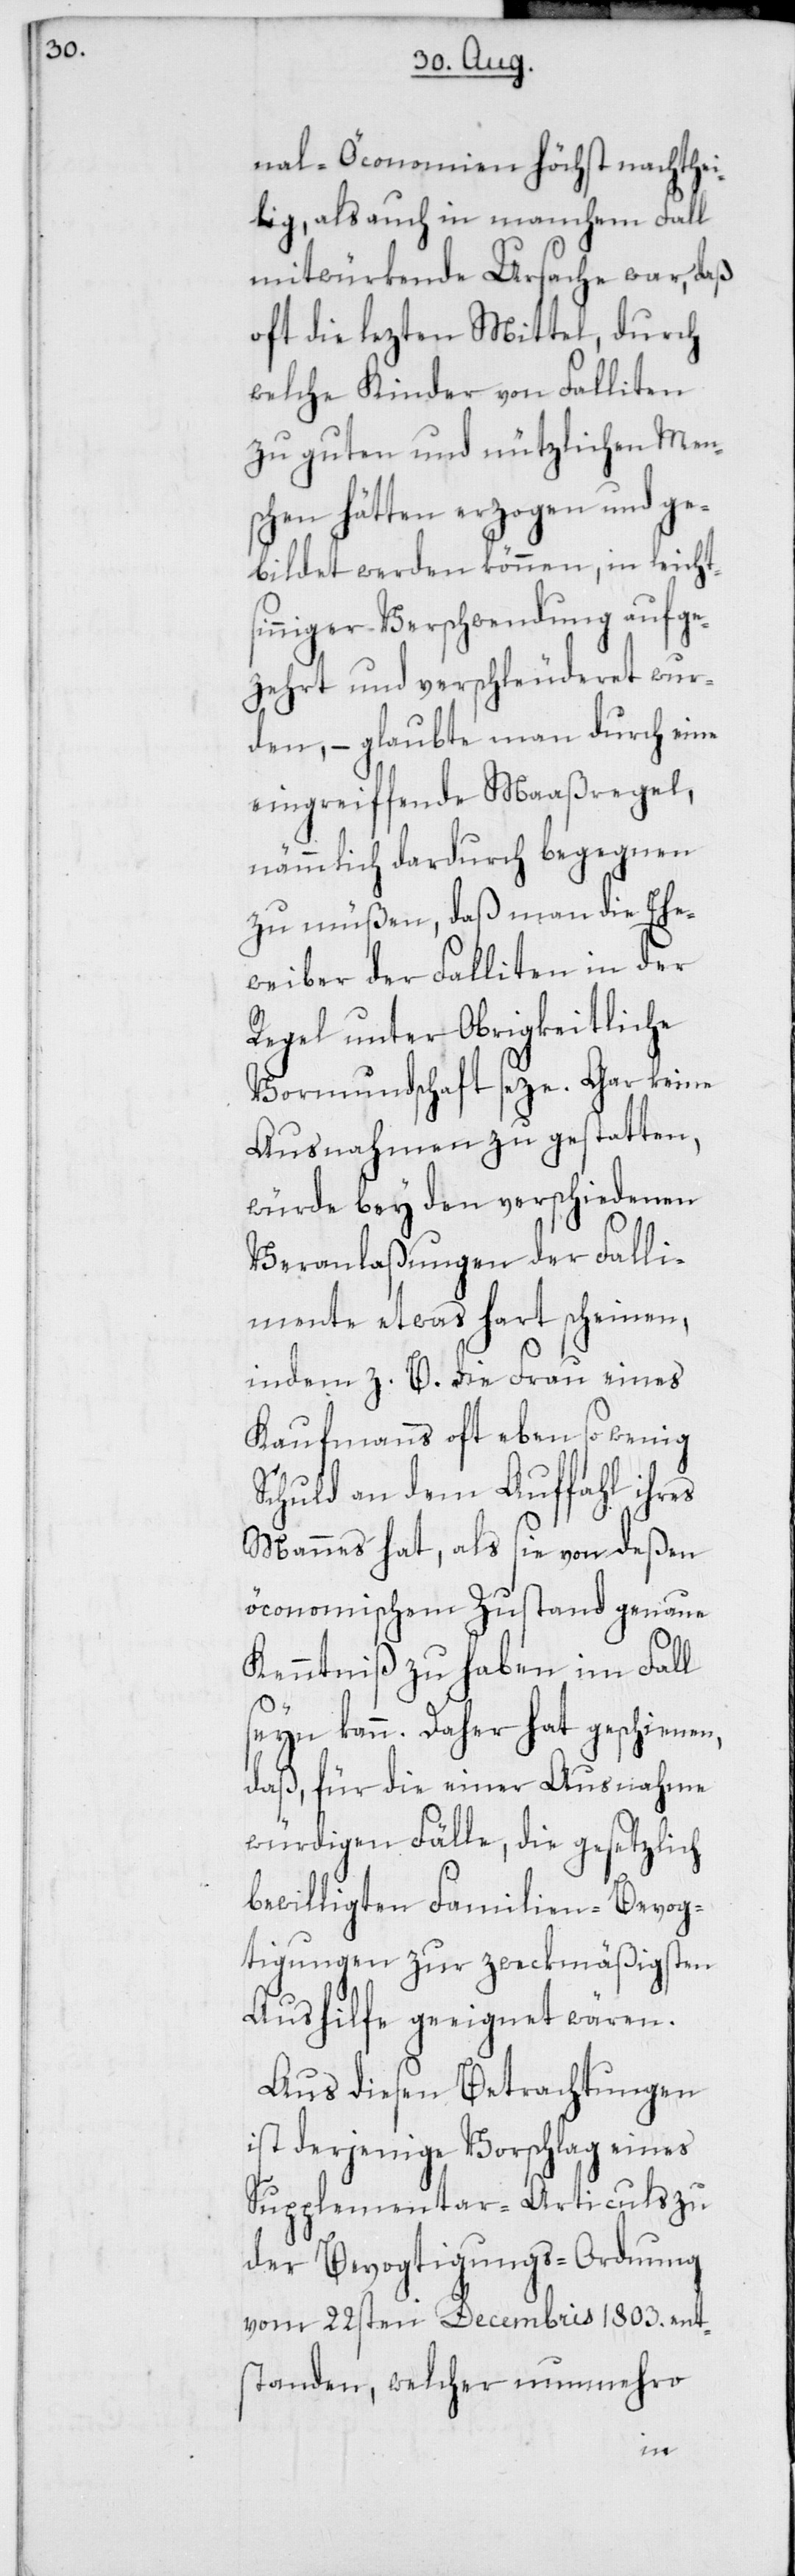
nal-Öconomie höchst nachthei¬
lig, als auch in manchem Fall
mitwürkende Ursache war, daß
oft die lezten Mittel, durch
welche Kinder von Falliten
zu guten und nützlichen Men¬
schen hätten erzogen und ge¬
bildet werden können, in leicht¬
niger Verschwendung aufge¬
zehrt und verschleuderet wur¬
den, – glaubte man durch e¬
ingreiffende Maaßregel,
nämmlich dardurch begegnen
zu müßen, daß man die Ehe¬
weiber der Falliten in der
Regel unter Obrigkeitliche
Vormundschaft seze. Gar keine
Ausnahme zu gestatten,
würde bey den verschiedenen
Veranlaßungen der Falli¬
mente etwas hart scheinen,
indem z. B. die Frau eines
Kaufmanns oft ebenso wenig
Schuld an dem Auffahl ihres
Mannes hat, als sie von deßen
öconomischem Zustand genaue
Kenntniß zu haben im Fall
seyn kann. Daher hat geschienen,
daß,ß für die einer Ausnahme
würdigen Fälle, die gesetzlich
bewilligten Familien-Bevog¬
tigungen zur zweckmäßigsten
Aushilfe geeignet wären.
Aus diesen Betrachtungen
ist derjenige Vorschlag eines
Supplementar-Articuls zu
der Bevogtigungs-Ordnung
vom 22sten Decembris 1803. ent¬
standen, welcher nunmehro
sin¬